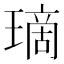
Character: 𤨬